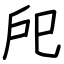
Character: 戺